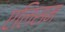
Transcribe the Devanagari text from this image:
एलिसम